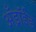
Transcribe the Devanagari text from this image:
अँड्रॉईड